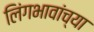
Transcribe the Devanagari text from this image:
लिंगभावांच्या